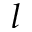
l